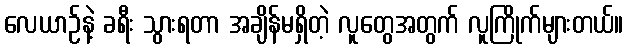
လေယာဉ်နဲ့ ခရီး သွားရတာ အချိန်မရှိတဲ့ လူတွေအတွက် လူကြိုက်များတယ်။